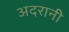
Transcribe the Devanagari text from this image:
अदरानी